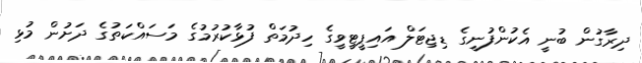
ދިރާގުން ބުނީ އެކުންފުނީގެ ޑިޖިޓަލް އައިޕީޓީވީގެ ހިދުމަތް ފުޅާކުރުމުގެ މަސައްކަތުގެެ ދަށުން މުޅި